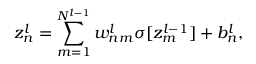
z _ { n } ^ { l } = \sum _ { m = 1 } ^ { N ^ { l - 1 } } w _ { n m } ^ { l } \sigma [ z _ { m } ^ { l - 1 } ] + b _ { n } ^ { l } ,